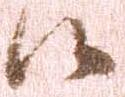
候